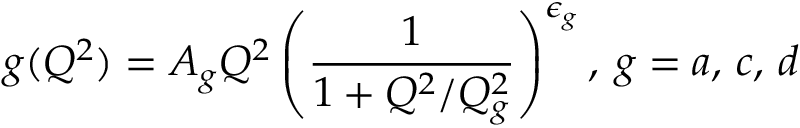
g ( Q ^ { 2 } ) = A _ { g } Q ^ { 2 } \left( \frac { 1 } { 1 + Q ^ { 2 } / Q _ { g } ^ { 2 } } \right) ^ { \epsilon _ { g } } , \: g = a , \, c , \, d